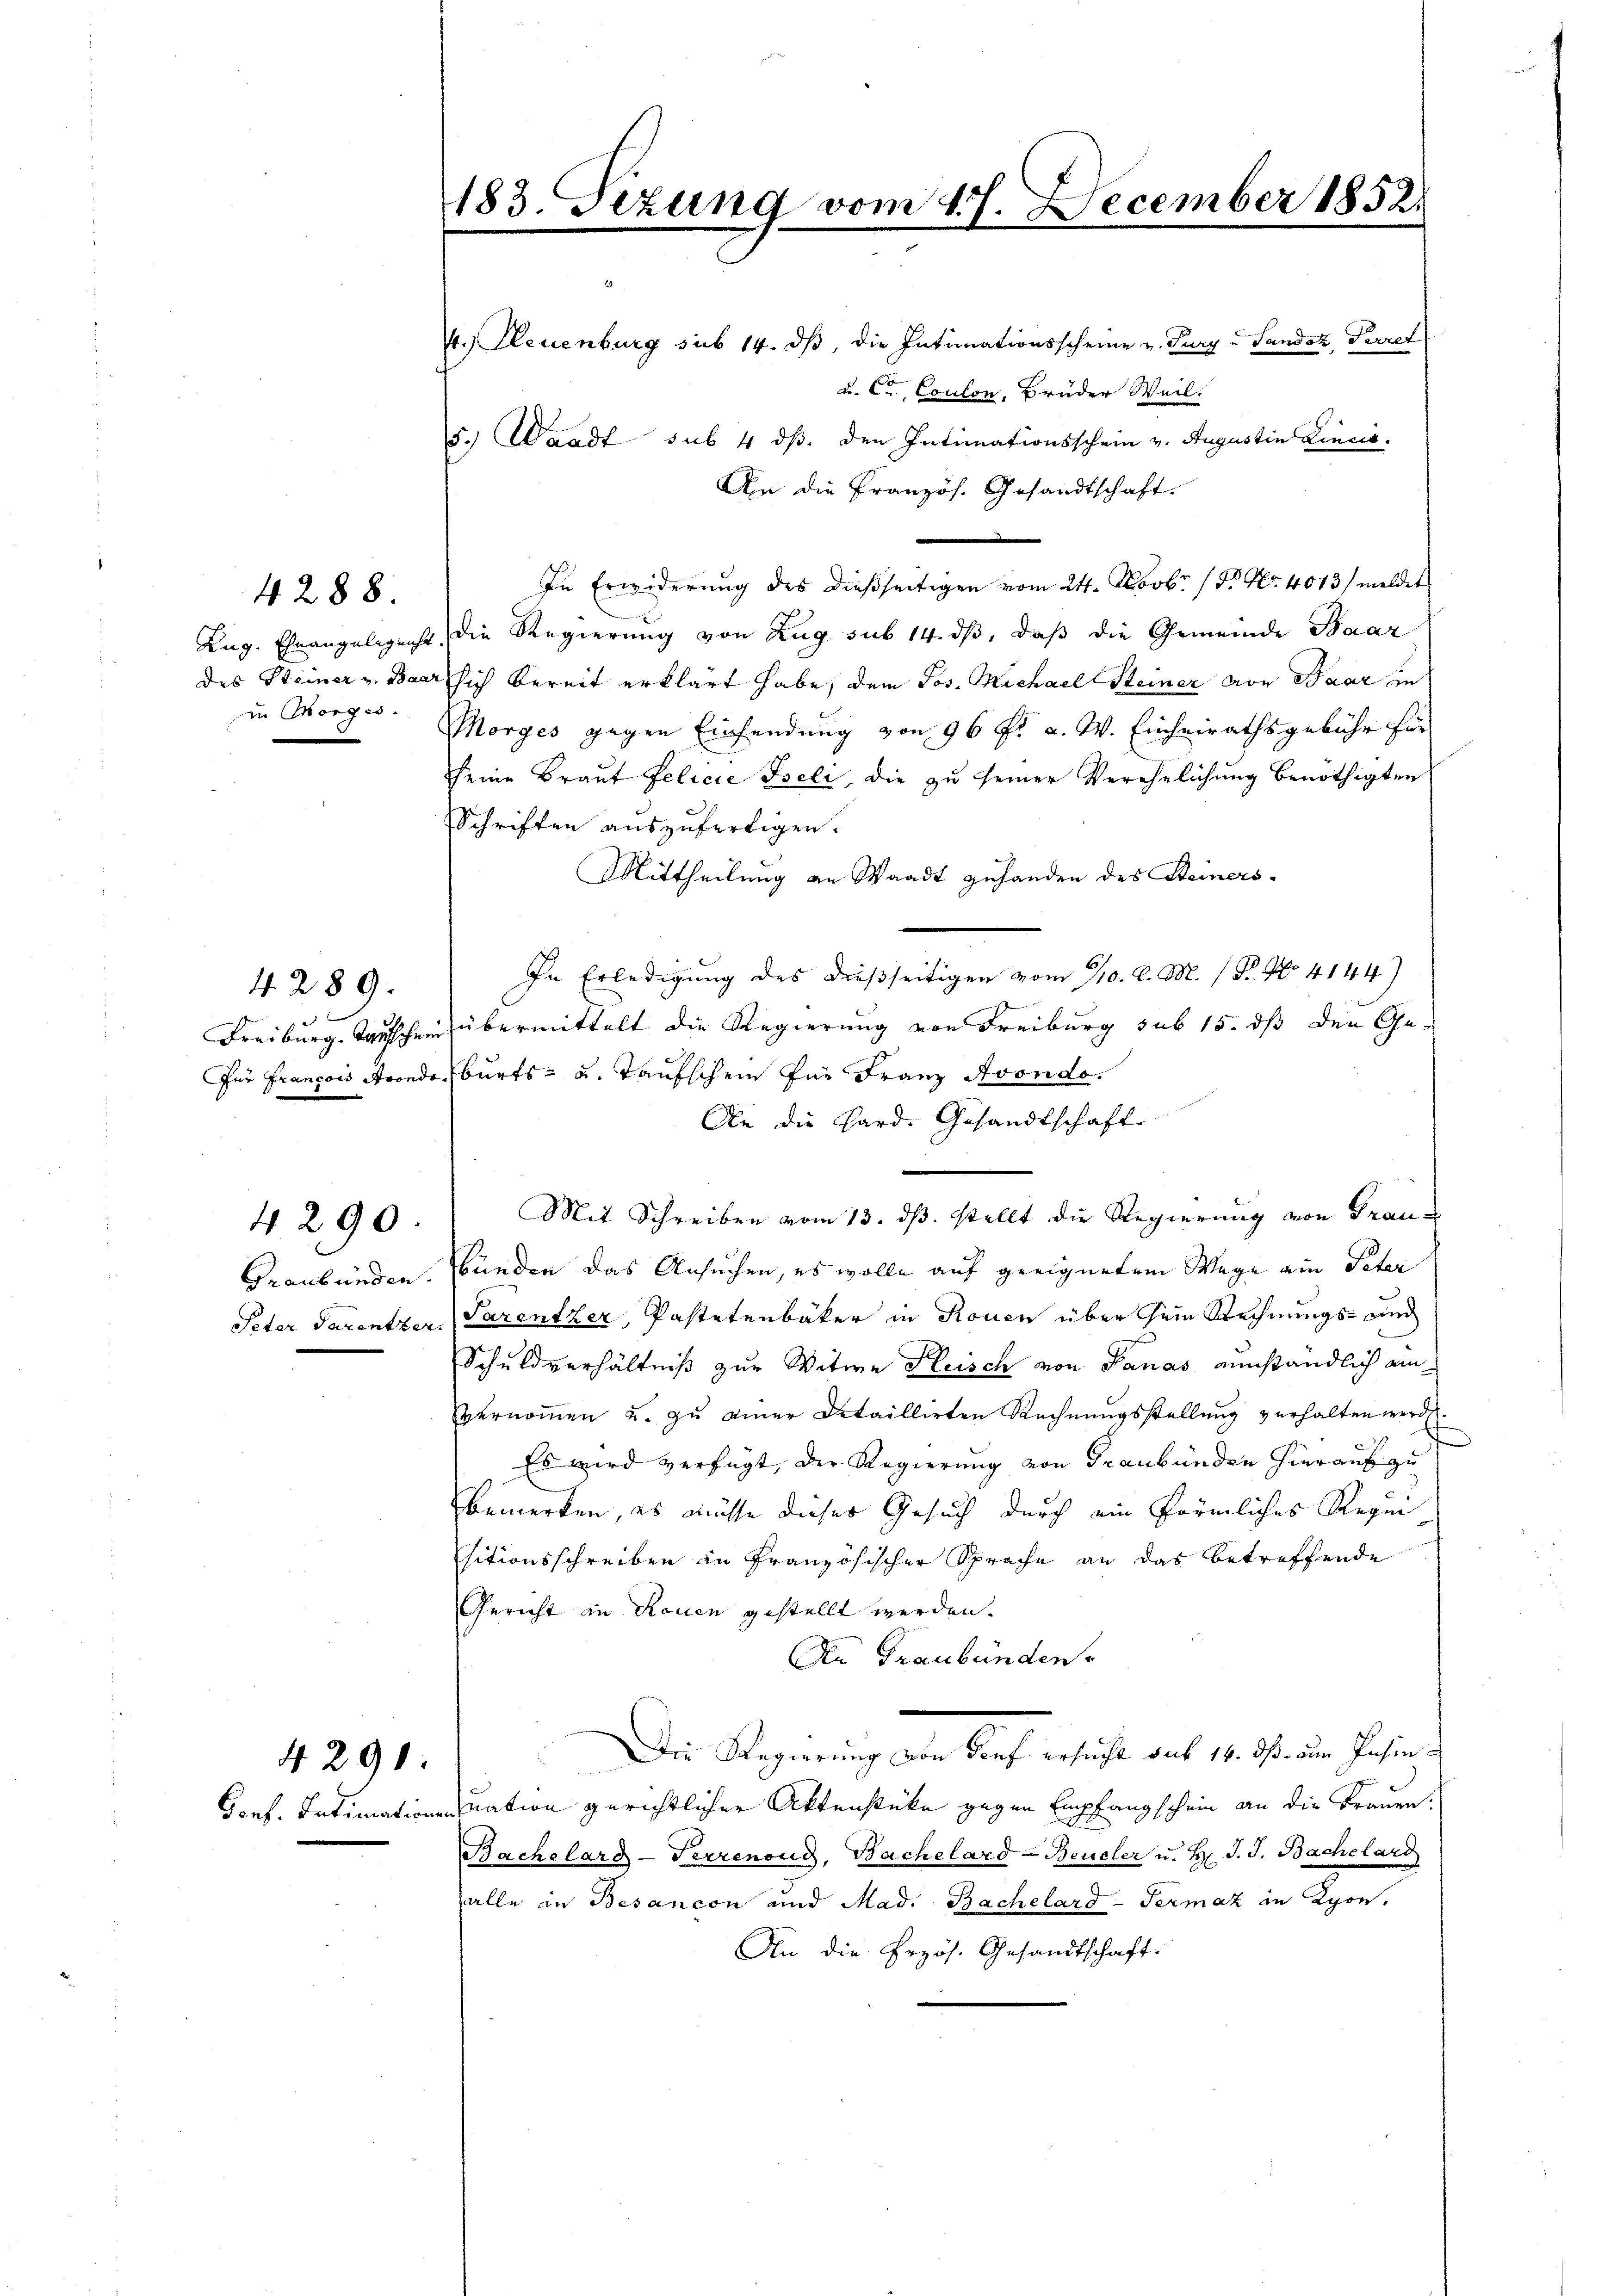
4288.

4.289.

in Morges.

4290.

4290:

183. Sizung vom 27. December 1852.

t.) Neuenburg sub 14. ds, die Intimationsscheine v. Jury u Sandot, Secret
u. Ca, Coulon, Brüder Weil.
5. Waadt sub 4 dß. den Intimationsschein v. Augustin Lincia
An die Französ. Gesandtschaft.
In Erwiderung des dießseitigen vom 24. Novbr. 15. No. 4013/ meldet
Aug. Eheangelegenht die Regierung von Zug sub 14. ds, daß die Gemeinde Baar
des Steiner v. Baars sich bereit erklärt habe, dem Jos. Michael Steiner vor Baar in
Morges gegen Einsendung von 96 f. a. W. Einheirathsgebühr für
seine Braut Felicie Iseli, die zu seiner Verehelichung benöthigten
Schriften auszufertigen.
Mittheilung an Waadt zuhanden des Steiners¬
In Erledigung des dießseitigen vom 10. d. M. / B. No. 4144)
Freiburg, Tauschen übermittelt die Regierung von Freiburg sub 15. dß den Ge-
Für François Aroedeburts- u. Taufschein für Franz Avondo.
An die Hard. Gesandtschafte
Mit Schreiben vom 13. ds. stellt die Regierung von Frau¬
Graubünden. Bünden das Ansuchen, es wolle auf geeignetem Wege ein Peter
Peter Parentzer Parentzer, Pastetenbäker in Rouen über sein Rechnungs- und
Schuldverhältniß zur Witwe Heisch von Panas einständlich anvernommen u. zu einer Detaillirten Rechnungsstellung verhalten werden.
Es wird verfügt, der Regierung von Graubünden hierauf zu
bemerken, es müsse dieser Gesuch durch ein förmliches Regie
sitionsschreiben zu französischer Sprache an das betreffende
Gericht in Reuen gestellt werden.
An Graubünden
Die Regierung oder Brief ersucht auf 10. ds. im Jahre
Gonf. Intimationen nation gerichtlicher Aktenstücke gegen Empfangschein an die Frauen¬
Bachelard-Serrenoud, Bachelard-Beucher u. H. J. J. Bachelard
alle in Besancon und Mad. Bachelard-Termaz in Kyon.
An die Erzös. Gesandtschaft.